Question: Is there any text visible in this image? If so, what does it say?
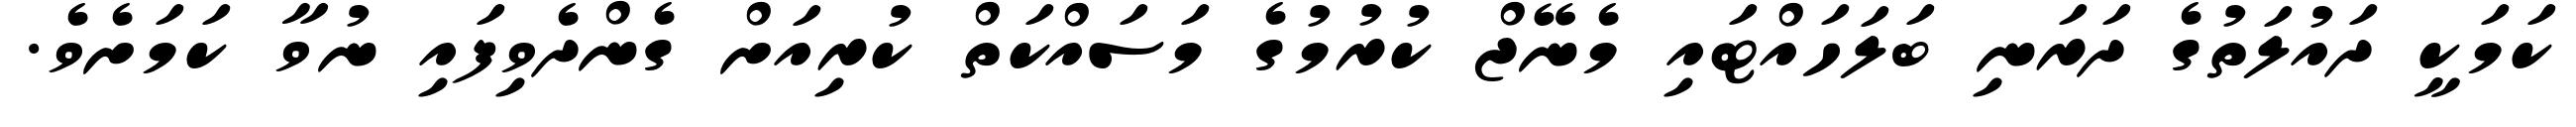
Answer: ކަމަކީ ދައުލަތުގެ ދަރަނި ބަލަހައްޓައި މެނޭޖް ކުރުމުގެ މަސައްކަތް ކުރިއަށް ގެންދެވިފައި ނުވާ ކަމަށެވެ.